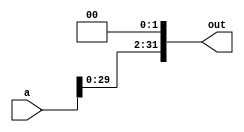
module ShiftLeft2(a, out);

	parameter n = 32;

	input  [n-1:0] a;
	output [n-1:0] out;

	assign out = a << 2;

endmodule